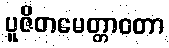
ပူဇိတမေတ္တာဝတာ